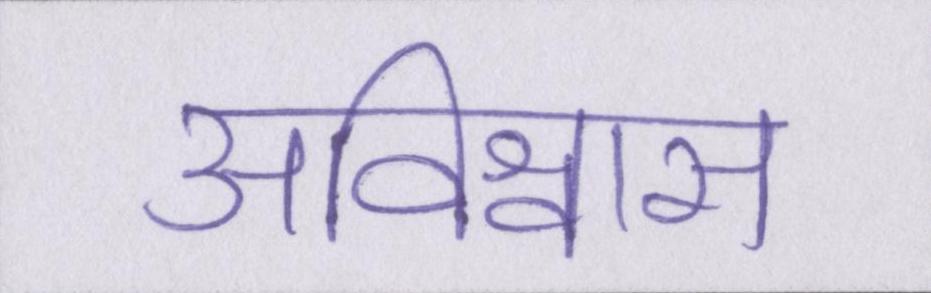
अविश्वास